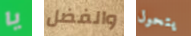
يا والفضل يتحول